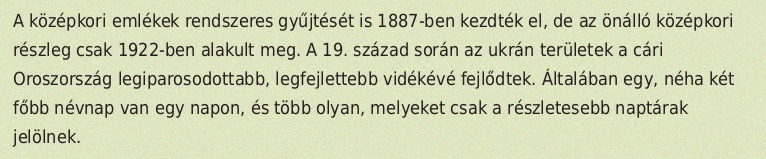
A középkori emlékek rendszeres gyűjtését is 1887-ben kezdték el, de az önálló középkori részleg csak 1922-ben alakult meg. A 19. század során az ukrán területek a cári Oroszország legiparosodottabb, legfejlettebb vidékévé fejlődtek. Általában egy, néha két főbb névnap van egy napon, és több olyan, melyeket csak a részletesebb naptárak jelölnek.